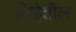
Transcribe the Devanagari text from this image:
सिंहेतील